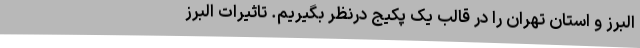
البرز و استان تهران را در قالب یک پکیج درنظر بگیریم. تاثیرات البرز